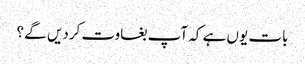
بات یوں ہے کہ آپ بغاوت کردیں گے ؟